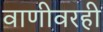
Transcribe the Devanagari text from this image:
वाणीवरही